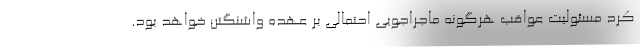
کرد مسئولیت عواقب هرگونه ماجراجویی احتمالی بر عهده واشنگتن خواهد بود.